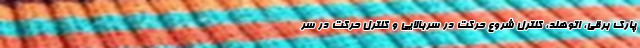
پارک برقی، اتوهلد، کنترل شروع حرکت در سربالایی و کنترل حرکت در سر